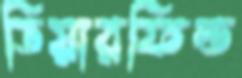
ডিয়ারফিল্ড